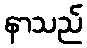
နာသည်